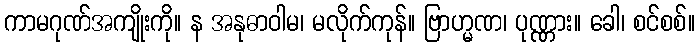
ကာမဂုဏ်အကျိုးကို။ န အနုဓာဝါမ၊ မလိုက်ကုန်။ ဗြာဟ္မဏ၊ ပုဏ္ဏား။ ခေါ၊ စင်စစ်။